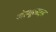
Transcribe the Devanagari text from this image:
सेल्यूलाइड